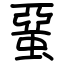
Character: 蝁